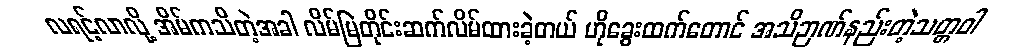
လရင့်လာလို့ အိမ်ကသိတဲ့အခါ လိမ်မြဲတိုင်းဆက်လိမ်ထားခဲ့တယ် ဟိုခွေးထက်တောင် အသိဉာဏ်နည်းတဲ့သတ္တဝါ